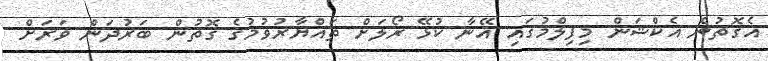
އެގޮތުން އެކްޝަން މިފިލްމުގައި އޭނާ ކުޅޭ ރޯލަށް ތައްޔާރުވުމުގެ ގޮތުން ބަރުދަން ވަރަށް